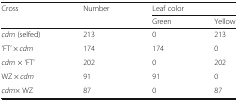
| <ROWSPAN=2> Cross | <ROWSPAN=2> Number | <COLSPAN=2> Leaf color |
 | Green | Yellow |
 | --- | --- | --- | --- |
 | cdm (selfed) | 213 | 0 | 213 |
 | ‘FT’ × cdm | 174 | 174 | 0 |
 | cdm × ‘FT’ | 202 | 0 | 202 |
 | WZ × cdm | 91 | 91 | 0 |
 | cdm× WZ | 87 | 0 | 87 |